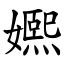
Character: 㜯